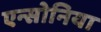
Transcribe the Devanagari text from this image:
एन्सोनिया